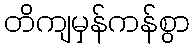
တိကျမှန်ကန်စွာ